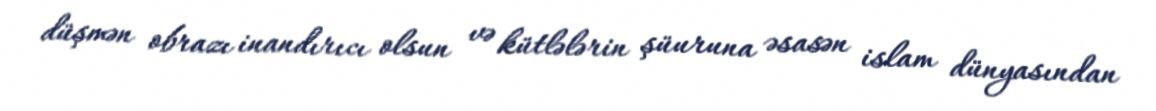
düşmən obrazı inandırıcı olsun və kütlələrin şüuruna əsasən islam dünyasından